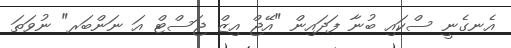
އެނގެނީ ސްކައި ބުނާ ފަދައިން "އޭޖް އިޒް ޖަސްޓް އަ ނަންބަރ" ނުވަތަ